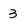
Character: 3